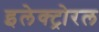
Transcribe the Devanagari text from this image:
इलेक्ट्रोरल